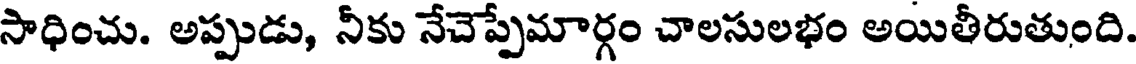
సాధించు. అప్పుడు, నీకు నేచెప్పేమార్గం చాలసులభం అయితీరుతుంది.